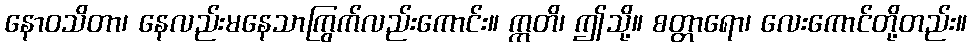
နောဝသိတာ၊ နေလည်းမနေသာကြွက်လည်းကောင်း။ ဣတိ၊ ဤသို့။ စတ္တာရော၊ လေးကောင်တို့တည်း။